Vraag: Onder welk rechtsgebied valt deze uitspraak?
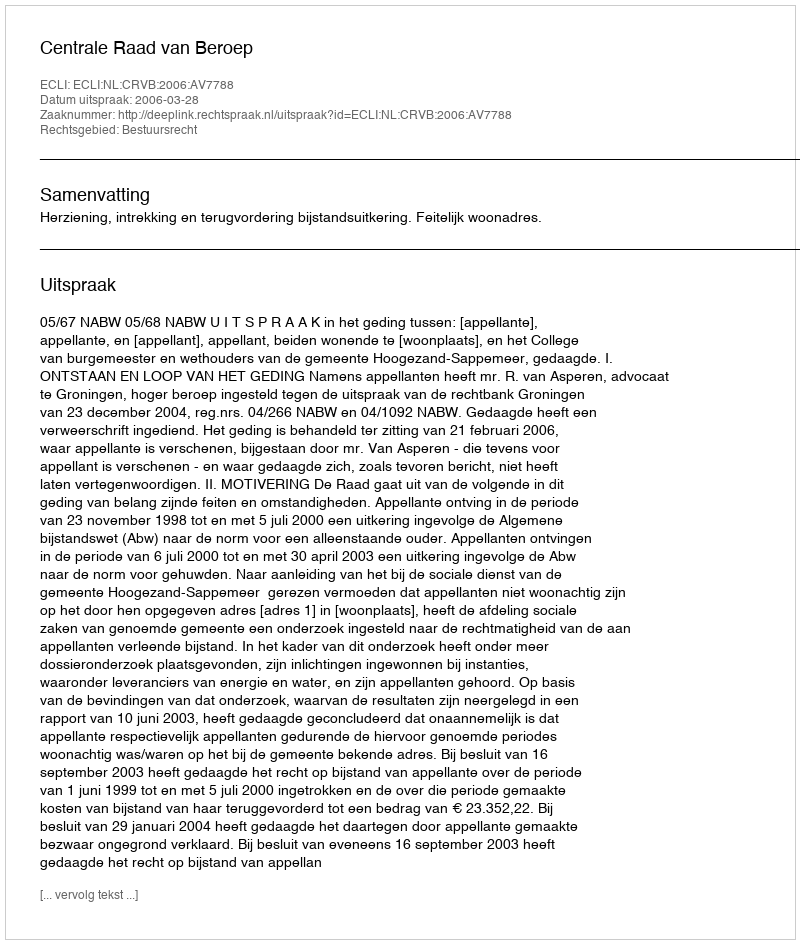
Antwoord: Bestuursrecht